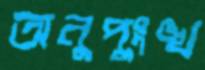
অনুপুংঙ্খ